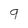
Character: 9